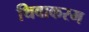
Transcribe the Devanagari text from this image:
थिवाकरम